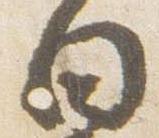
白